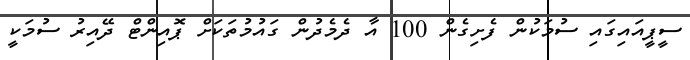
ސީޕީއައިގައި ސުމަކުން ފެށިގެން 100 އާ ދެމެދުން ގައުމުތަކަށް ޕޮއިންޓް ދޭއިރު ސުމަކީ